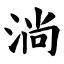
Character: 淌